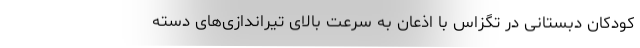
کودکان دبستانی در تگزاس با اذعان به سرعت بالای تیراندازی‌های دسته